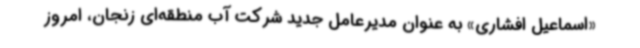
«اسماعیل افشاری» به عنوان مدیرعامل جدید شرکت آب منطقه‌ای زنجان، امروز